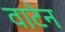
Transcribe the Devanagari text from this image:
वाटेन